Tartu_pedagoogiumi_aruanded, lk 12
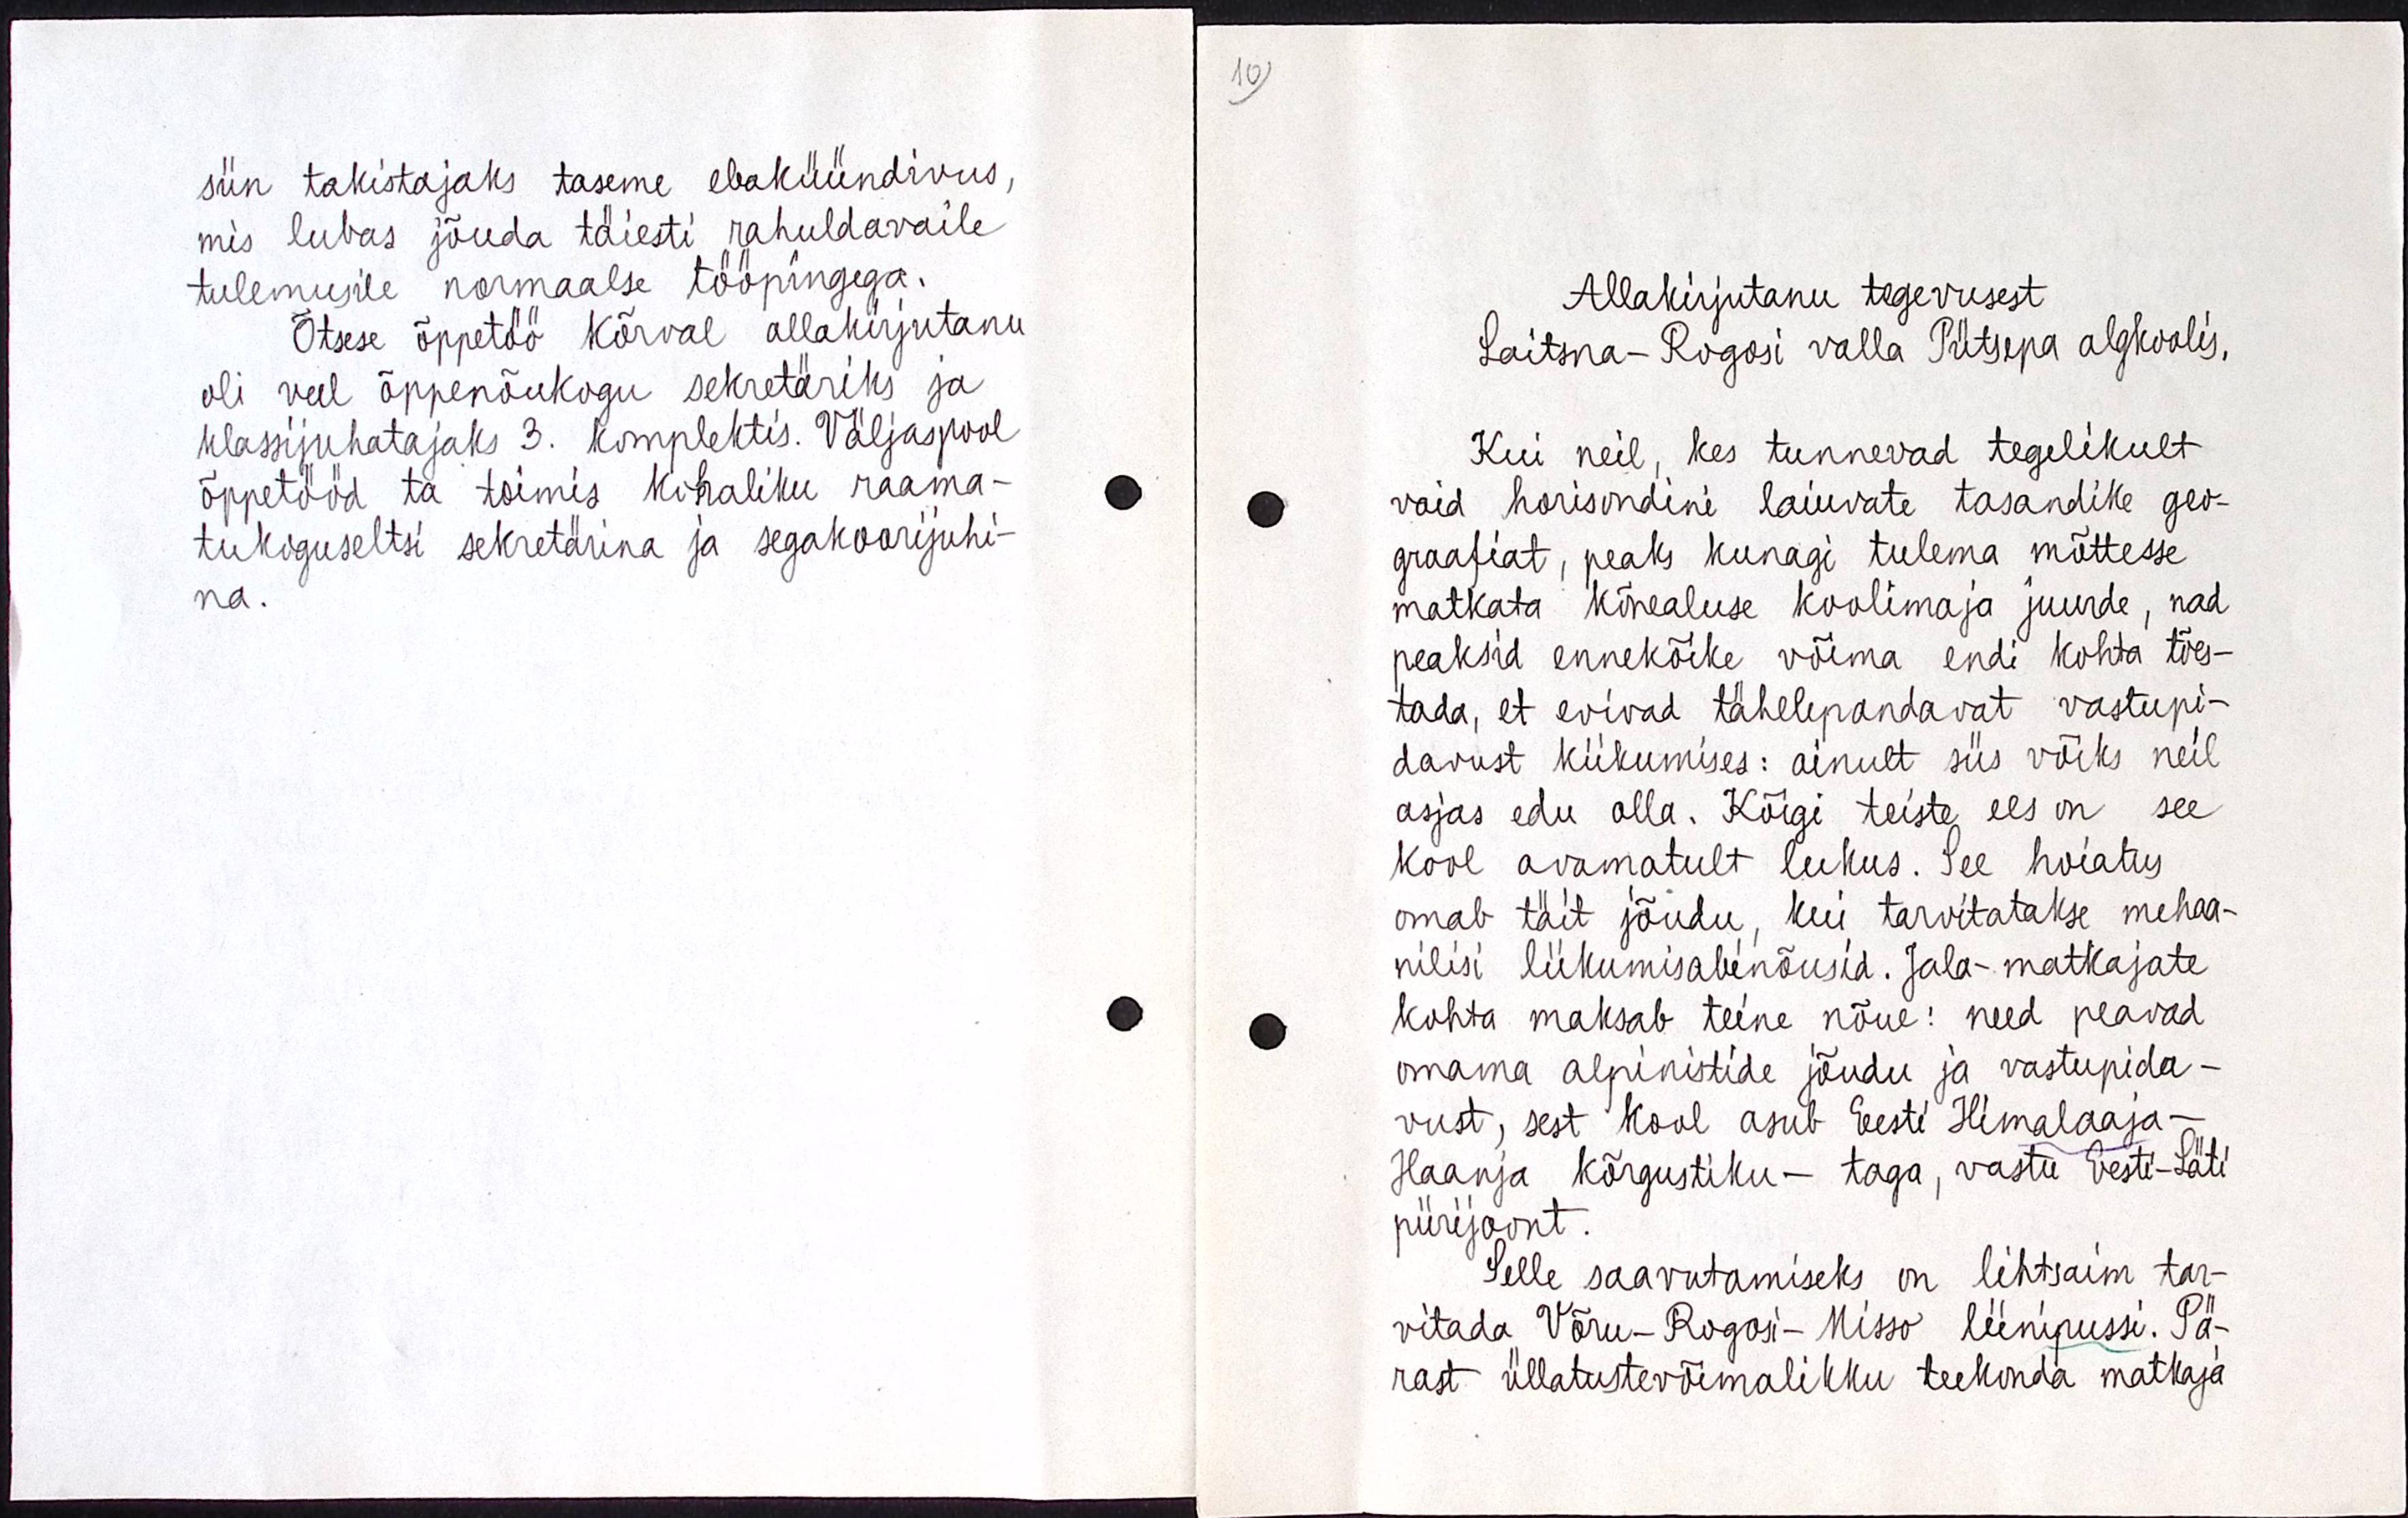
siin takistajaks taseme ebaküündivus,
mis lubas jõuda täiesti rahuldavaile
tulemusile normaalse tööpingega.
Otsese õppetöö kõrval allakirjutanu
oli veel õppenõukogu sekretäriks ja
klassijuhatajaks 3. komplektis. Väljaspool
õppetööd ta toimis kohaliku raama-
tukoguseltsi sekretärina ja segakoorijuhi-
na.

Allakirjutanu tegevusest
Laitsna-Rogosi valla Pütsepa algkoolis.
Kui neil, kes tunnevad tegelikult
vaid horisondini laiuvate tasandike geo-
graafiat, peaks kunagi tulema mõttesse
matkata kõnealuse koolimaja juurde, nad
peaksid ennekõike võima endi kohta tões-
tada, et evivad tähelepandavat vastupi-
davust kiikumises : ainult siis võiks neil
asjas edu olla. Kõigi teiste ees on see
kool avamatult lukus. See hoiatus
omab täit jõudu, kui tarvitatakse mehaa-
nilisi liikumisabinõusid. Jala-matkajate
kohta maksab teine nõue : need peavad
omama alpinistide jõudu ja vastupida-
vust, sest kool asub Eesti Himalaaja -
Haanja kõrgustiku - taga, vastu Eesti - Läti
piirijoont.
Selle saavutamiseks on lihtsaim tar-
vitada Võru-Rogosi-Misso liinipussi. Pä-
rast üllatustevõimalikku teekonda matkaja